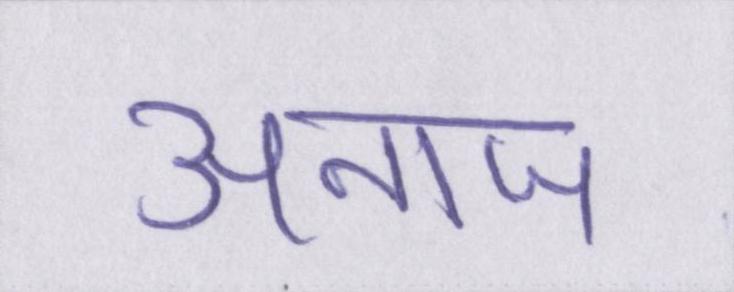
अनाज